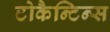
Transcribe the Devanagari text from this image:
टोकैन्टिन्स